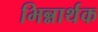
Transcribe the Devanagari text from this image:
भिन्नार्थक